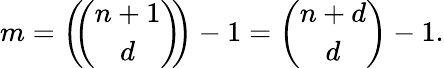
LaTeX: m=\left(\! \! {\binom{n+1}{d}}\! \! \right)-1={\binom{n+d}{d}}-1.